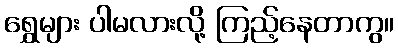
ရွှေများ ပါမလားလို့ ကြည့်နေတာကွ။